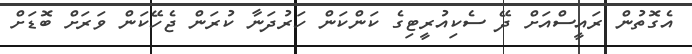
އެގޮތުން ރައީސްއަށް ދޭ ސެކިއުރީޓިގެ ކަންކަން ހަރުދަނާ ކުރަން ޖެހޭކަން ވަރަށް ބޮޑަށް